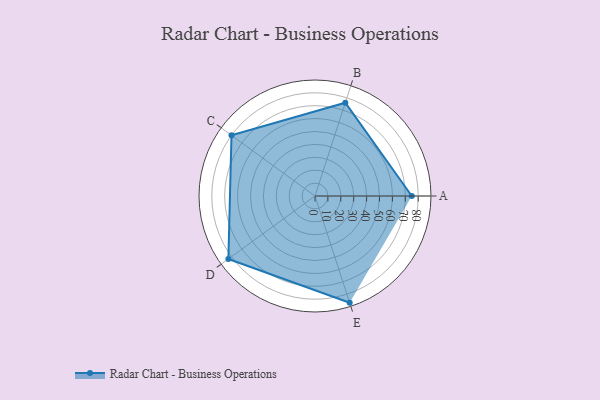
{"axis": {"x": "Skill", "y": "Score"}, "legend": ["Profile"], "data": [{"x": "A", "y": 75.0, "type": "Profile"}, {"x": "B", "y": 76.0, "type": "Profile"}, {"x": "C", "y": 80.0, "type": "Profile"}, {"x": "D", "y": 83.0, "type": "Profile"}, {"x": "E", "y": 87.0, "type": "Profile"}]}